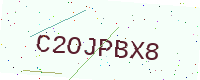
Text: C2OJPBX8